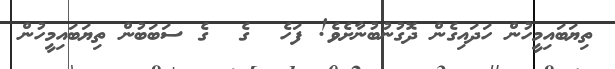
ތިޔަބައިމީހުން ހަދައިގެން ދޮގުނުބުނާށެވެ! ފަހެ  ގެ  ގެ ސަބަބުން ތިޔަބައިމީހުން